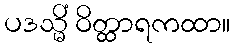
ပဒသ္မိံ ဝိတ္ထာရကထာ။